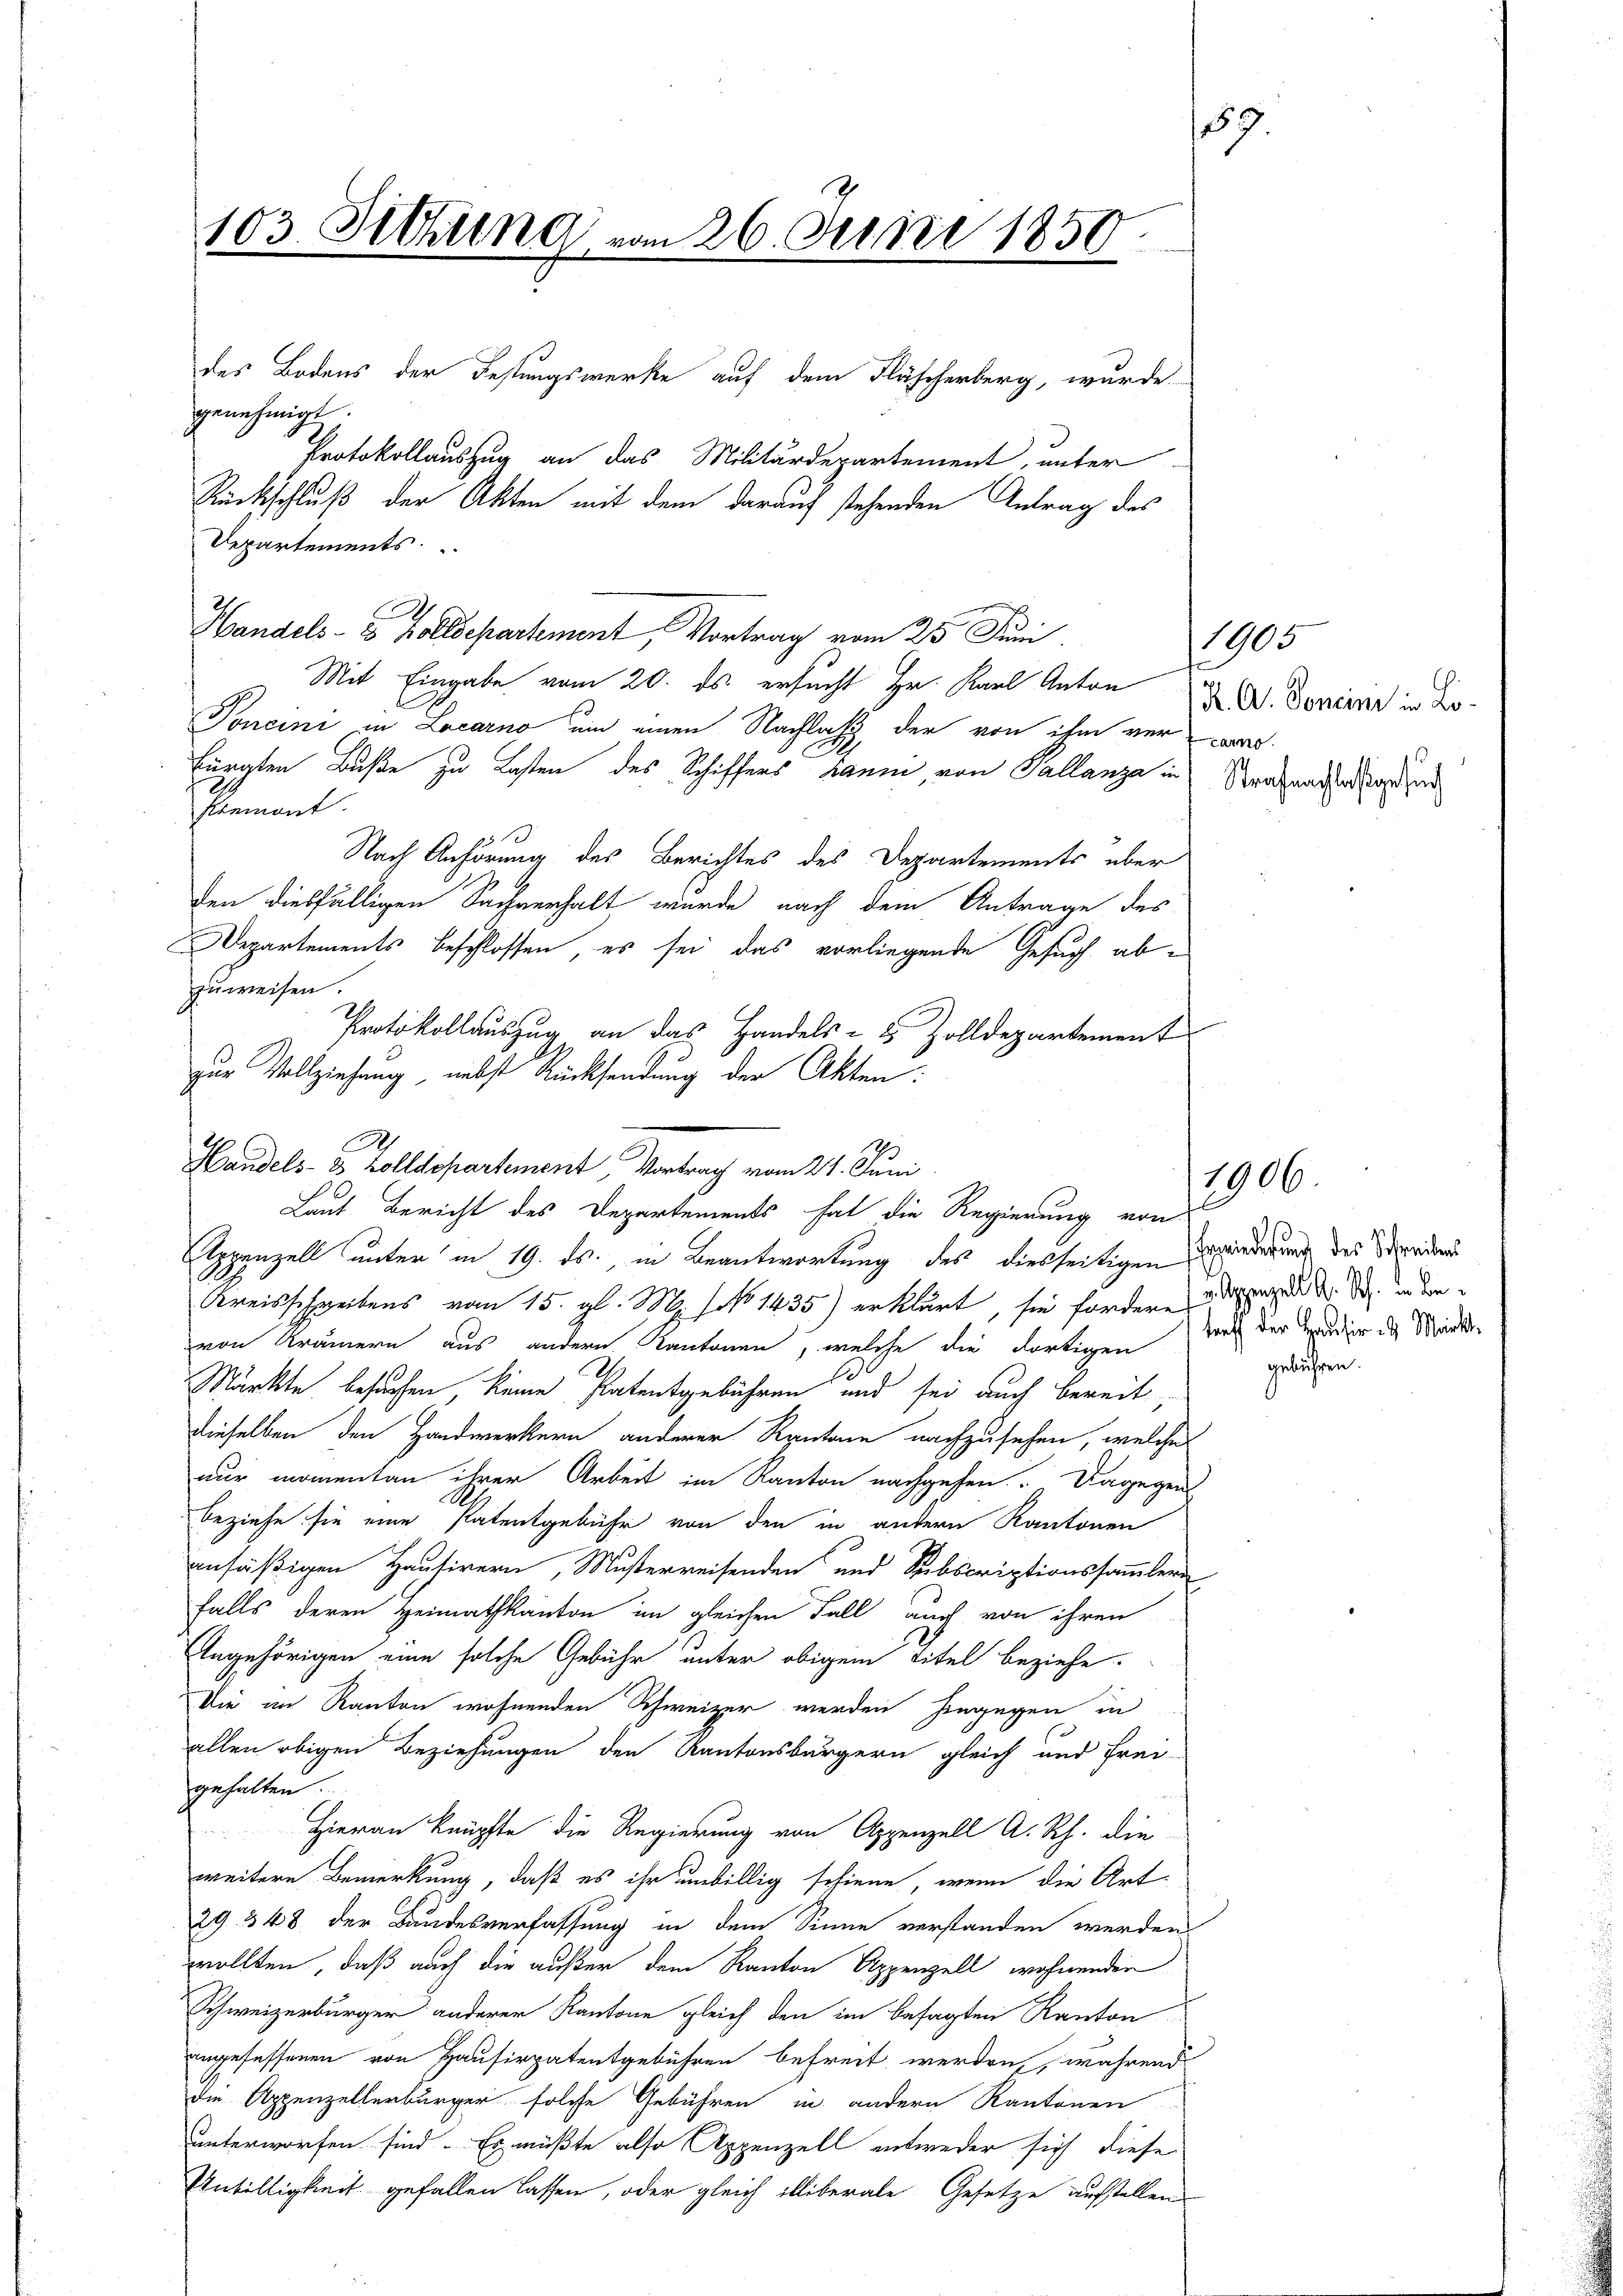
57.
103. Sitzung vom 26. Juni 1850.
des Bodens der Festungswerke auf dem Fläscherberg, wurde

genehmigt.
Departements
Mit Eingabe vom 20. ds. ersucht Hr. Karl Anton
Toncini in Locarno um einen Nachlass, der von ihm verwa
lingten Buße zu Lasten des Schiffers kann, von Tallanza in Strafmachterstand zur
Piemont.
3
Nach Anhörung des Berichtes des Departements über
den diesfälligen Sachverhalt wurde nach dem Antrage des
Departements beschlossen, es sei das vorliegende Gesuch abzuweisen.
Protokollauszug an das Handels- & Zolldepartement
zur Vollziehung, nebst Rücksendung der Akten:

Handels- & Zolldepartement, Vortrag vom 25. Juni

Protokollauszug an das Militärdepartement, unter
Rückschluß der Akten mit dem darauf stehenden Antrag des

Kreisschreibens vom 15. gl. M. (fo 1435) erklärt, sie fordern den d. d. in der
von Krämern aus andern Kantonen, welche die dortigen tel der Hauser in Mark¬
.
Märkte besuchen, keine Patentgebühren und sei auch bereit,
dieselben den Handwerkern anderer Kantone nachzusehen, welche
nur momentan ihrer Arbeit im Kanton nachgehen. Dagegen
beziehe sie eine Patentgebühr von den in andern Kantonen
ansäßigen Hausirern, Musterreisenden und Subscriptionssammler
falls deren Heimathkanton im gleichen Fall auch von ihren
Angehörigen eine solche Gebühr unter obigem Titel beziehe.
Die im Kanton wohnenden Schweizer werden hingegen in
allen obigen Beziehungen den Kantonsbürgern gleich und Frei-
gehalten.
Hieran knüpfte die Regierung von Appenzell A. Rh. die
weitere Bemerkung, daß es ihr unbillig schiene, wenn die Art
29. 348 der Bundesverfassung in dem Sinne verstanden werden
wollten, daß auch die außer dem Kanton Appenzell wohnenden
Schweizerbürger anderer Kantone gleich den im besagten Kanton
ingefassenen von Hausirpatentgebühren befreit werden, während
die Appenzellerbürger solche Gebühren in andern Kantonen
unterworfen sind. Es müßte also Appenzell entweder sich diese
Unbilligkeit gefallen lassen, oder gleich illiberale Gesetze aufstellen

A
Handels 8 Zolldepartement Vortrag vom 24. Juni
Laut Bericht des Departements hat die Regierung von
Appenzell unter in 19. ds., in Beantwortung des diesseitigen

1905
K. A. Sonein in Lo¬

1906.

gebühren

Erwiederung des Schreibens